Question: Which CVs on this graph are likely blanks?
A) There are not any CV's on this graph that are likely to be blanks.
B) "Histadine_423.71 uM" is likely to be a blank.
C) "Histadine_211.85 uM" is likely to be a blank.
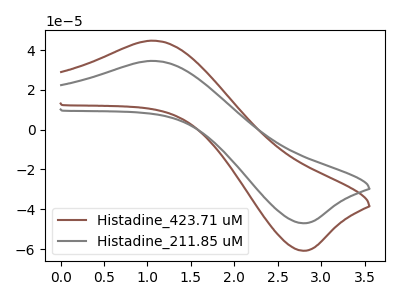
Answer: <think>The brown curve "Histadine_423.71 uM" has an anodic peak at (1.05V, 44.70uA) and a cathodic peak at (2.80V, -60.80uA). The gray curve "Histadine_211.85 uM" has an anodic peak at (1.05V, 34.55uA) and a cathodic peak at (2.80V, -47.00uA).</think>
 <answer>A) There are not any CV's on this graph that are likely to be blanks.</answer>
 <eval>A</eval>